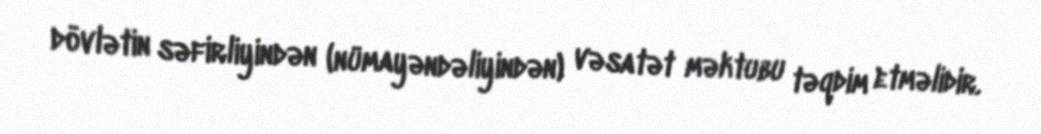
dövlətin səfirliyindən (nümayəndəliyindən) vəsatət məktubu təqdim etməlidir.